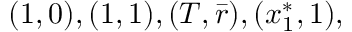
( 1 , 0 ) , ( 1 , 1 ) , ( T , \bar { r } ) , ( x _ { 1 } ^ { * } , 1 ) ,